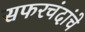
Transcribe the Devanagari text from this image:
सफरचंदांचे